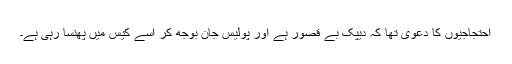
احتجاجیوں کا دعویٰ تھا کہ دیپک بے قصور ہے اور پولیس جان بوجھ کر اُسے کیس میں پھنسا رہی ہے۔